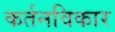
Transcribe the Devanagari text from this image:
कर्तनविकार